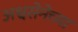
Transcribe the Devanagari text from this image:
अश्वसेनेच्या